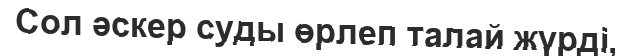
Сол әскер суды өрлеп талай жүрді,